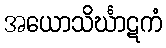
အယောသိင်္ဃာဋကံ